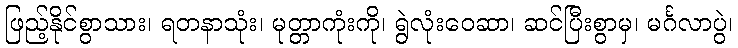
ဖြည့်နိုင်စွာသား၊ ရတနာသုံး၊ မုတ္တာကုံးကို၊ ရွဲလုံးဝေဆာ၊ ဆင်ပြီးစွာမှ၊ မင်္ဂလာပွဲ၊